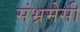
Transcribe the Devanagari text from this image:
संभ्रमेसी